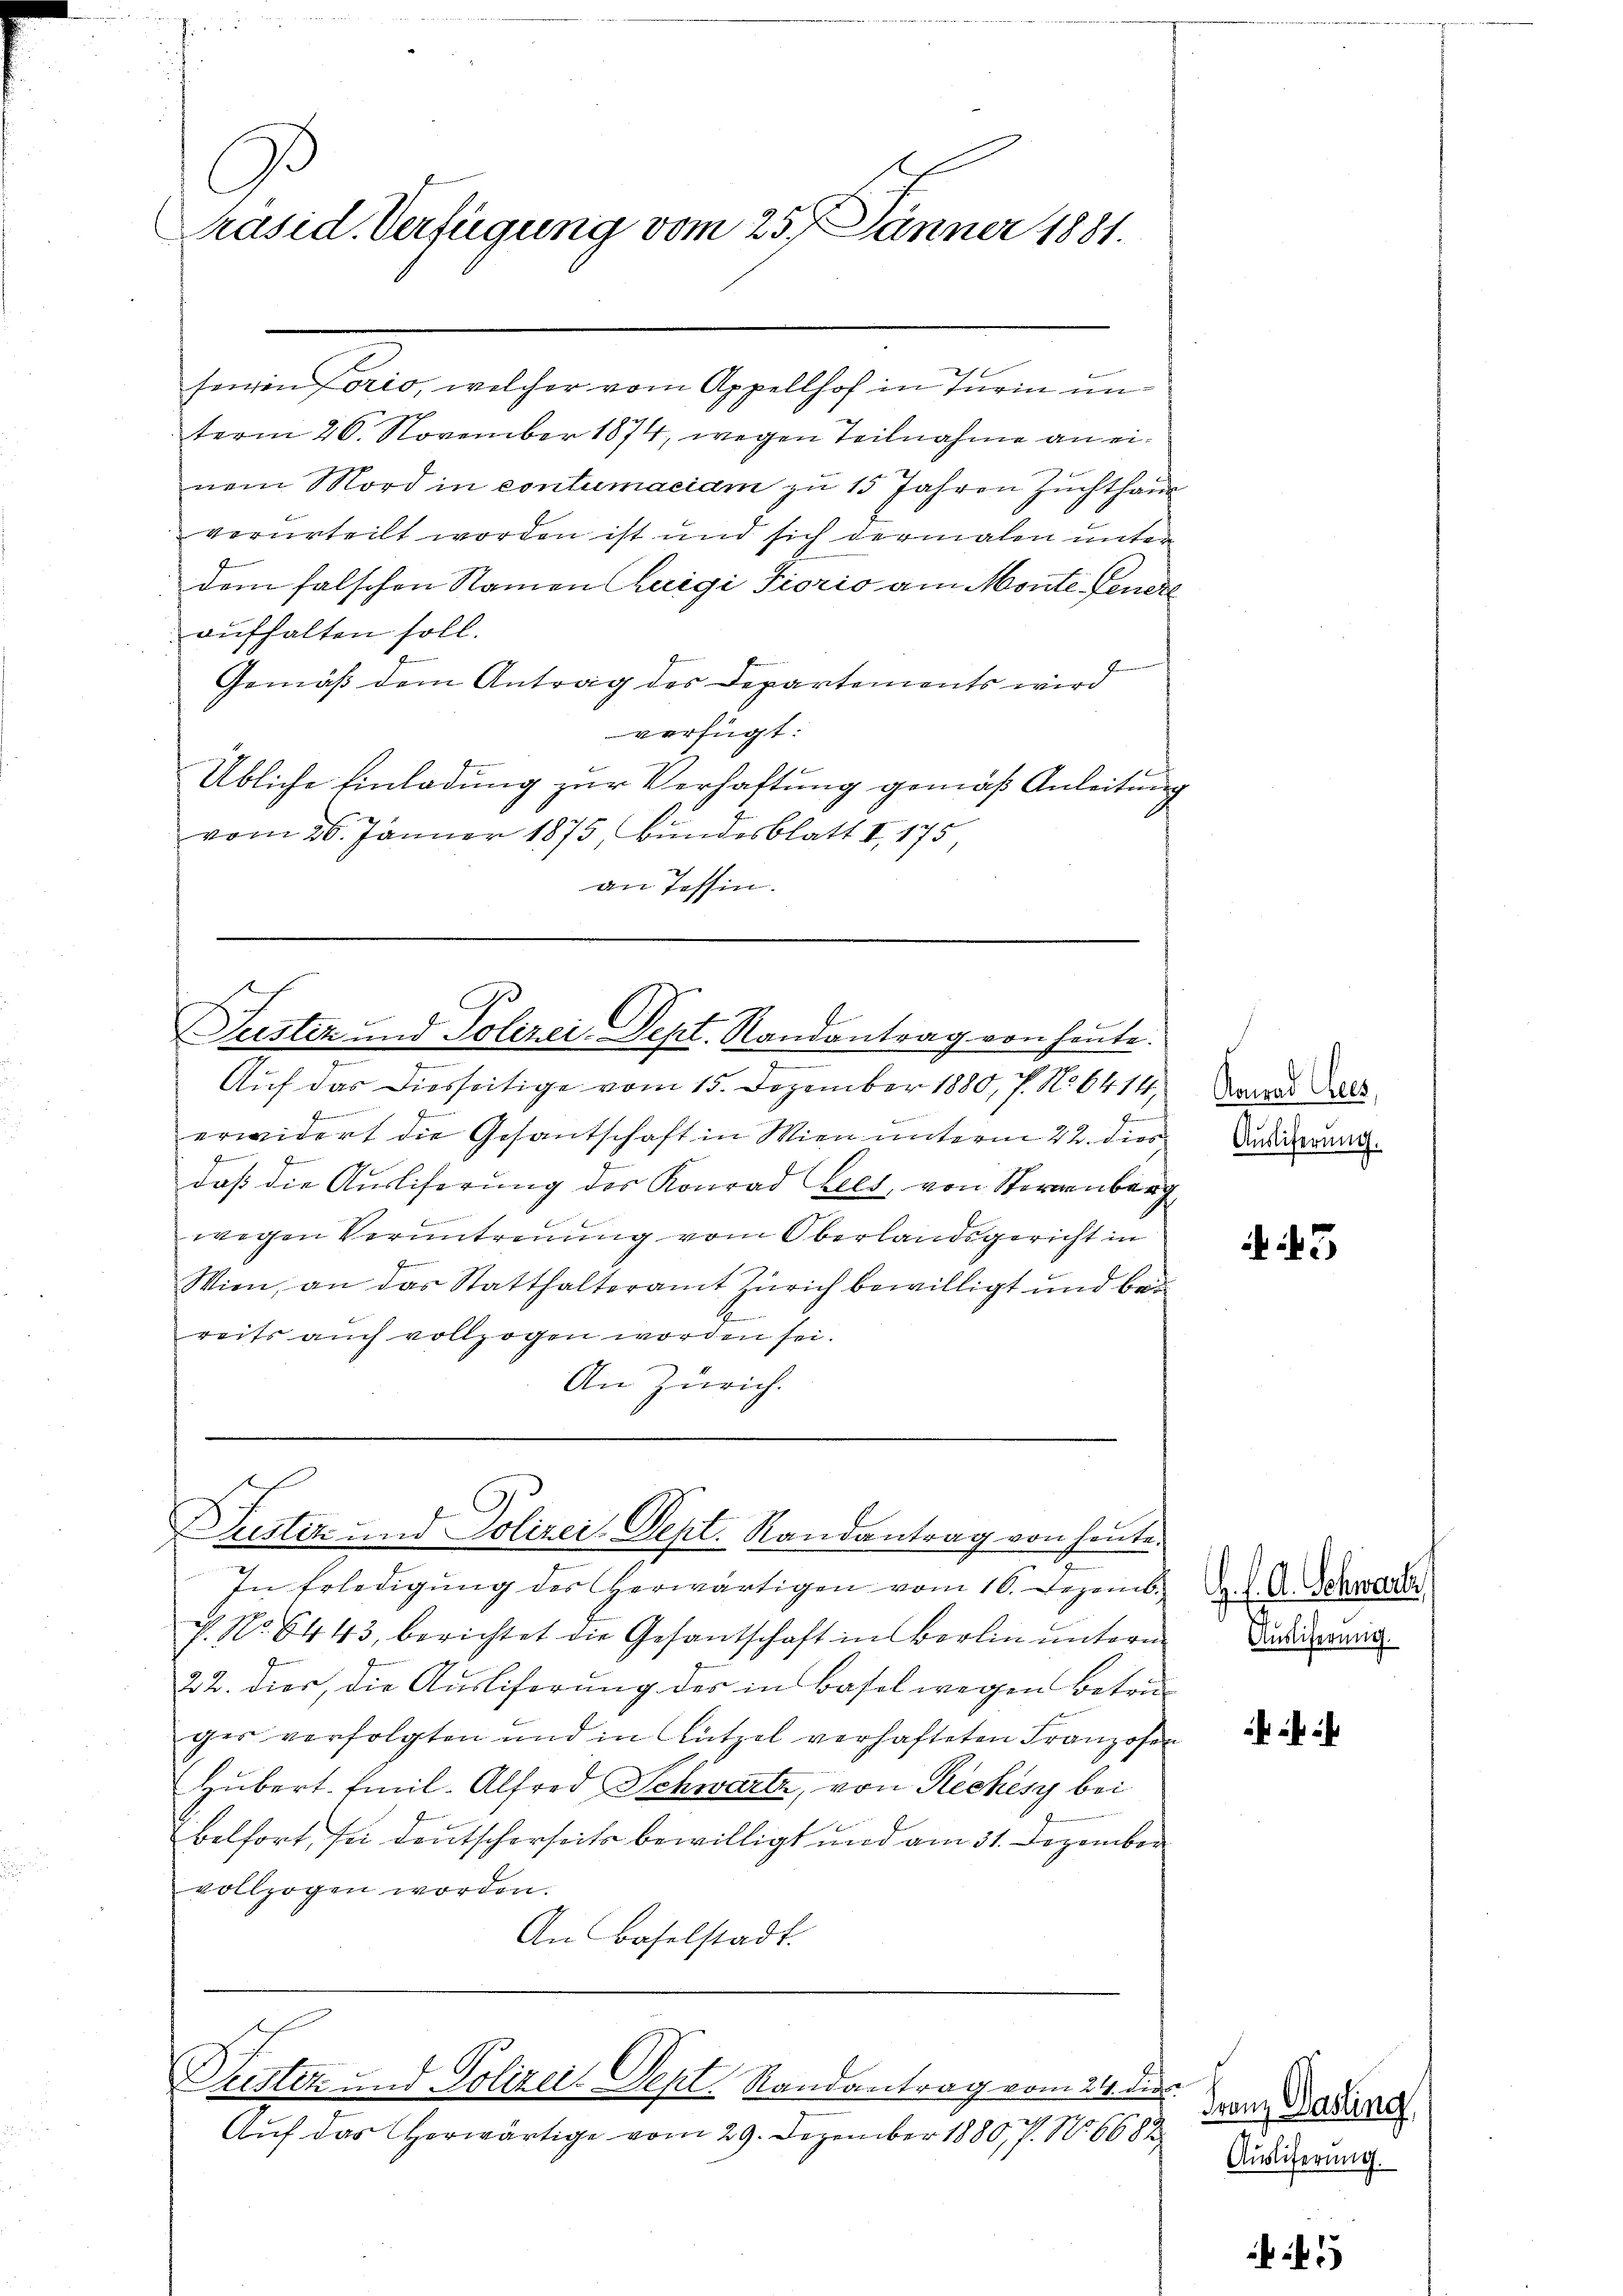
C
Präsid. Verfügung vom 25. Jänner 1881.

seien forio, welcher vom Appellhof in Turin unterm 26. November 1874, wegen Teilnahme an einem Mord in contumaciam zu 15 Jahren Zuchthaus
verurteilt worden ist und sich dermalen unter
dem falschen Namen heigi Fiorio am Monte Feuere
aufhalten soll.
Gemäß dem Antrag des Departements wird
verfügt:
Übliche Einladung zur Verhaftung gemäß Anleitung
vom 26. Jänner 1875, Bundesblatt I 175,
an Tessin.

ich
Justiz und Polizei-Dept. Randantrag von heute.

Auf das Diesseitige vom 15. Dezember 1880, P. No 6414,
Leemannimmenen
erwidert die Gesantschaft in Wien unterm 22. dies
e
f
daß die Ausliferung des Konrad Kels, von Sternenberg
wegen Veruntreuung vom Oberlandsgericht in
Wien, an das Statthalteramt Zürich bewilligt und bei
reits auch vollzogen worden sei.
An Zürich.

Justiz und Polizei Sept. Randantrag von heute

In Erledigŭng des herwärtigen vom 16. Dezemb. 8. d. A. Schweder
7. No. 6443, berichtet die Gesantschaft in Berlin untern
22. dies, die Ausliferung des in Basel wegen Betrager verfolgten und in Lützel verhafteten Franzosen
Hubert. Emil-Alfred Schwartz, von Reckesy bei
belfort, sei deutscherseits bewilligt und am 31. Dezember
vollzogen worden.
An Baselstadt.

Puster und Polizei. Sept. Randantrag vom 24. die

Auf das herwärtige vom 29. Dezember 1880, 7. No. 6688

Konrad Gees,
Auslieferung.

43

Auslieferung.

Franz Basling
Auslieferung.